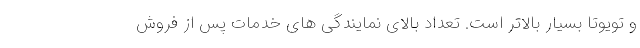
و تویوتا بسیار بالاتر است. تعداد بالای نمایندگی های خدمات پس از فروش